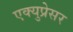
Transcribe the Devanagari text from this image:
एक्युप्रेसर